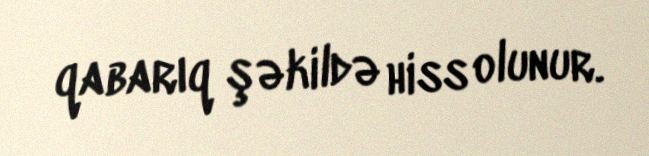
qabarıq şəkildə hiss olunur.